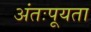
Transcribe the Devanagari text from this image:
अंतःपूयता